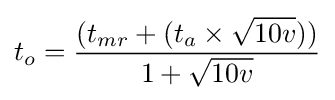
t_{o}={\frac {(t_{mr}+(t_{a}\times {\sqrt {10v}}))}{1+{\sqrt {10v}}}}